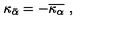
\kappa _ { \bar { \alpha } } = - \overline { { \kappa _ { \alpha } } } \ ,